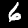
Label: 6